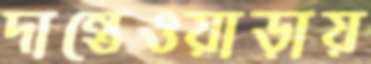
দান্তেওয়াড়ায়